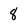
Character: 8